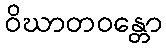
ဝိဃာတဝန္တော